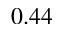
0 . 4 4